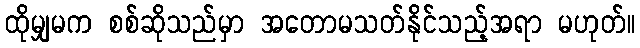
ထိုမျှမက စစ်ဆိုသည်မှာ အတောမသတ်နိုင်သည့်အရာ မဟုတ်။